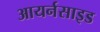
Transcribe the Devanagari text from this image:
आयर्नसाइड